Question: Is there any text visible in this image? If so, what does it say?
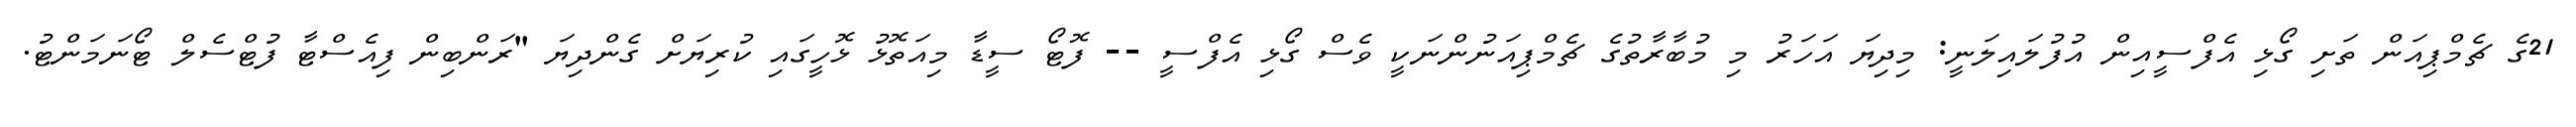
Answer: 21ގެ ޗެމްޕިއަން ތަށި ގޯޅި އެފްސީއިން އުފުލައިލަނީ: މިދިޔަ އަހަރު މި މުބާރާތުގެ ޗެމްޕިއަނުންނަކީ ވެސް ގޯޅި އެފްސީ -- ފޮޓޯ ސީޑާ މިއަތޮޅު ޅޮހީގައި ކުރިޔަށް ގެންދިޔަ "ރަންބިން ފިއެސްޓާ ފުޓްސެލް ޓޯނަމަންޓު.